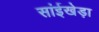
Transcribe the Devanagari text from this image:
सांईखेड़ा